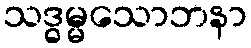
သဒ္ဓမ္မသောဘနာ